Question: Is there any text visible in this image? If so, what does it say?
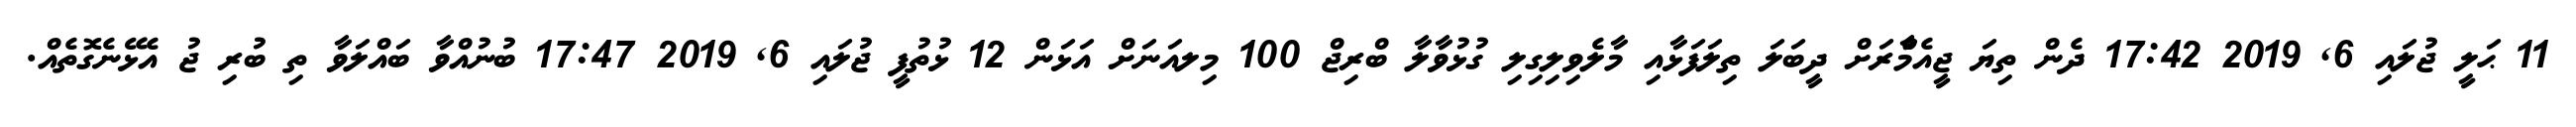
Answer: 11 ޙަލީ ޖުލައި 6, 2019 17:42 ދެން ތިޔަ ޖީއެމްެާރަށް ދީބަލަ ތިލަފަޅާއި މާލެވިލިގިލި ގުޅުވާލާ ބްރިޖް 100 މިލއަނަށް އަޅަން 12 ޅުތުފީ ޖުލައި 6, 2019 17:47 ބުނުއްވާ ބައްލަވާ ތި ބުރި ޖު އެޅޭނެގޮތެއް.